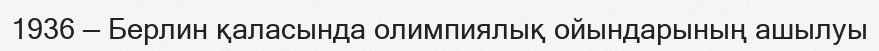
1936 — Берлин қаласында олимпиялық ойындарының ашылуы